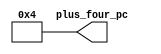
// Constant Four. MIPS CPU
// Nicolas Rodriguez
// Nov 13, 2020

module constant_four (plus_four_pc);

// i/o
output wire [31:0] plus_four_pc;

// logic
localparam  four = 32'h0000_0004;
assign plus_four_pc = four;


endmodule // constant_four